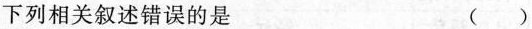
下列相关叙述错误的是 （ ）